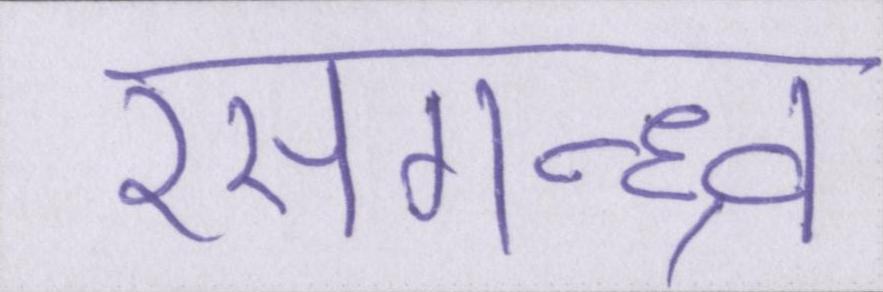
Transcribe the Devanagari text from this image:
रसगन्ध्र्व